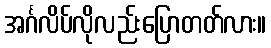
အင်္ဂလိပ်လိုလည်းပြောတတ်လား။